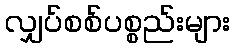
လျှပ်စစ်ပစ္စည်းများ